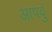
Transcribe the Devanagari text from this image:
आपवुं